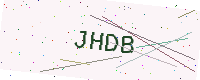
Text: JHDB